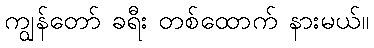
ကျွန်တော် ခရီး တစ်ထောက် နားမယ်။